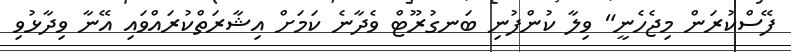
ފޭސްކުރަން މިޖެހެނީ" ވިލާ ކުންފުނި ބަނގުރޫޓް ވެދާނެ ކަމަށް އިޝާރަތްކުރައްވައި އޭނާ ވިދާޅުވި